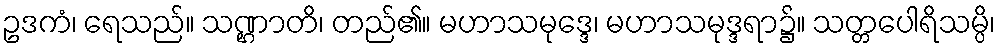
ဥဒကံ၊ ရေသည်။ သဏ္ဌာတိ၊ တည်၏။ မဟာသမုဒ္ဒေ၊ မဟာသမုဒ္ဒရာ၌။ သတ္တပေါရိသမ္ပိ၊